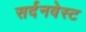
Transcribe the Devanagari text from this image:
सर्दनवेस्ट